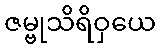
ဇမ္ဗုသိရိဝှယေ